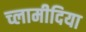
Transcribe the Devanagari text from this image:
च्‍लामीदिया